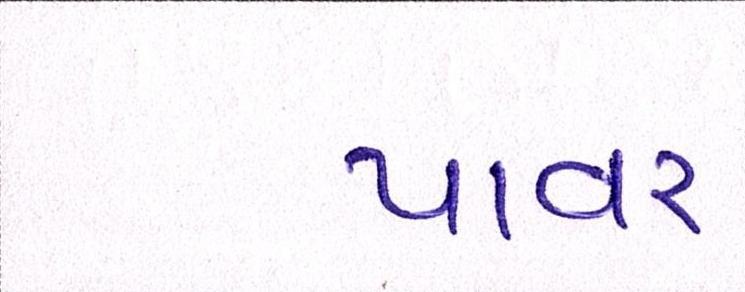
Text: પાવર